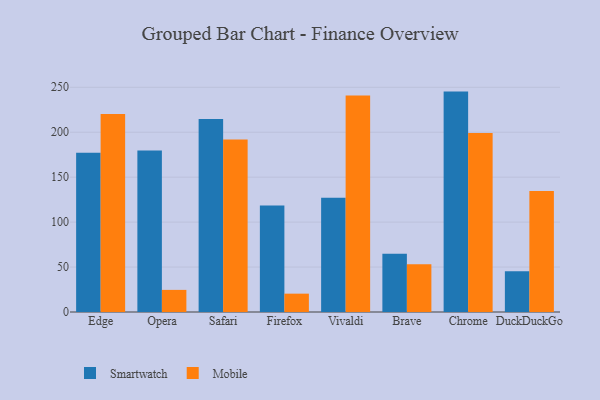
{"axis": {"x": "Browser", "y": "Gross Profit (USD K)"}, "legend": ["Mobile", "Smartwatch"], "data": [{"x": "Edge", "y": 177.3, "type": "Smartwatch"}, {"x": "Edge", "y": 220.2, "type": "Mobile"}, {"x": "Opera", "y": 179.8, "type": "Smartwatch"}, {"x": "Opera", "y": 24.6, "type": "Mobile"}, {"x": "Safari", "y": 214.8, "type": "Smartwatch"}, {"x": "Safari", "y": 191.8, "type": "Mobile"}, {"x": "Firefox", "y": 118.6, "type": "Smartwatch"}, {"x": "Firefox", "y": 20.4, "type": "Mobile"}, {"x": "Vivaldi", "y": 127.2, "type": "Smartwatch"}, {"x": "Vivaldi", "y": 241.0, "type": "Mobile"}, {"x": "Brave", "y": 64.8, "type": "Smartwatch"}, {"x": "Brave", "y": 53.2, "type": "Mobile"}, {"x": "Chrome", "y": 245.2, "type": "Smartwatch"}, {"x": "Chrome", "y": 199.1, "type": "Mobile"}, {"x": "DuckDuckGo", "y": 45.2, "type": "Smartwatch"}, {"x": "DuckDuckGo", "y": 134.6, "type": "Mobile"}]}